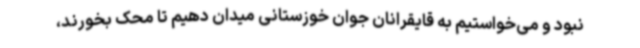
نبود و می‌خواستیم به قایقرانان جوان خوزستانی میدان دهیم تا محک بخورند،